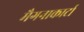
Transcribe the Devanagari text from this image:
मैगनाकार्टा